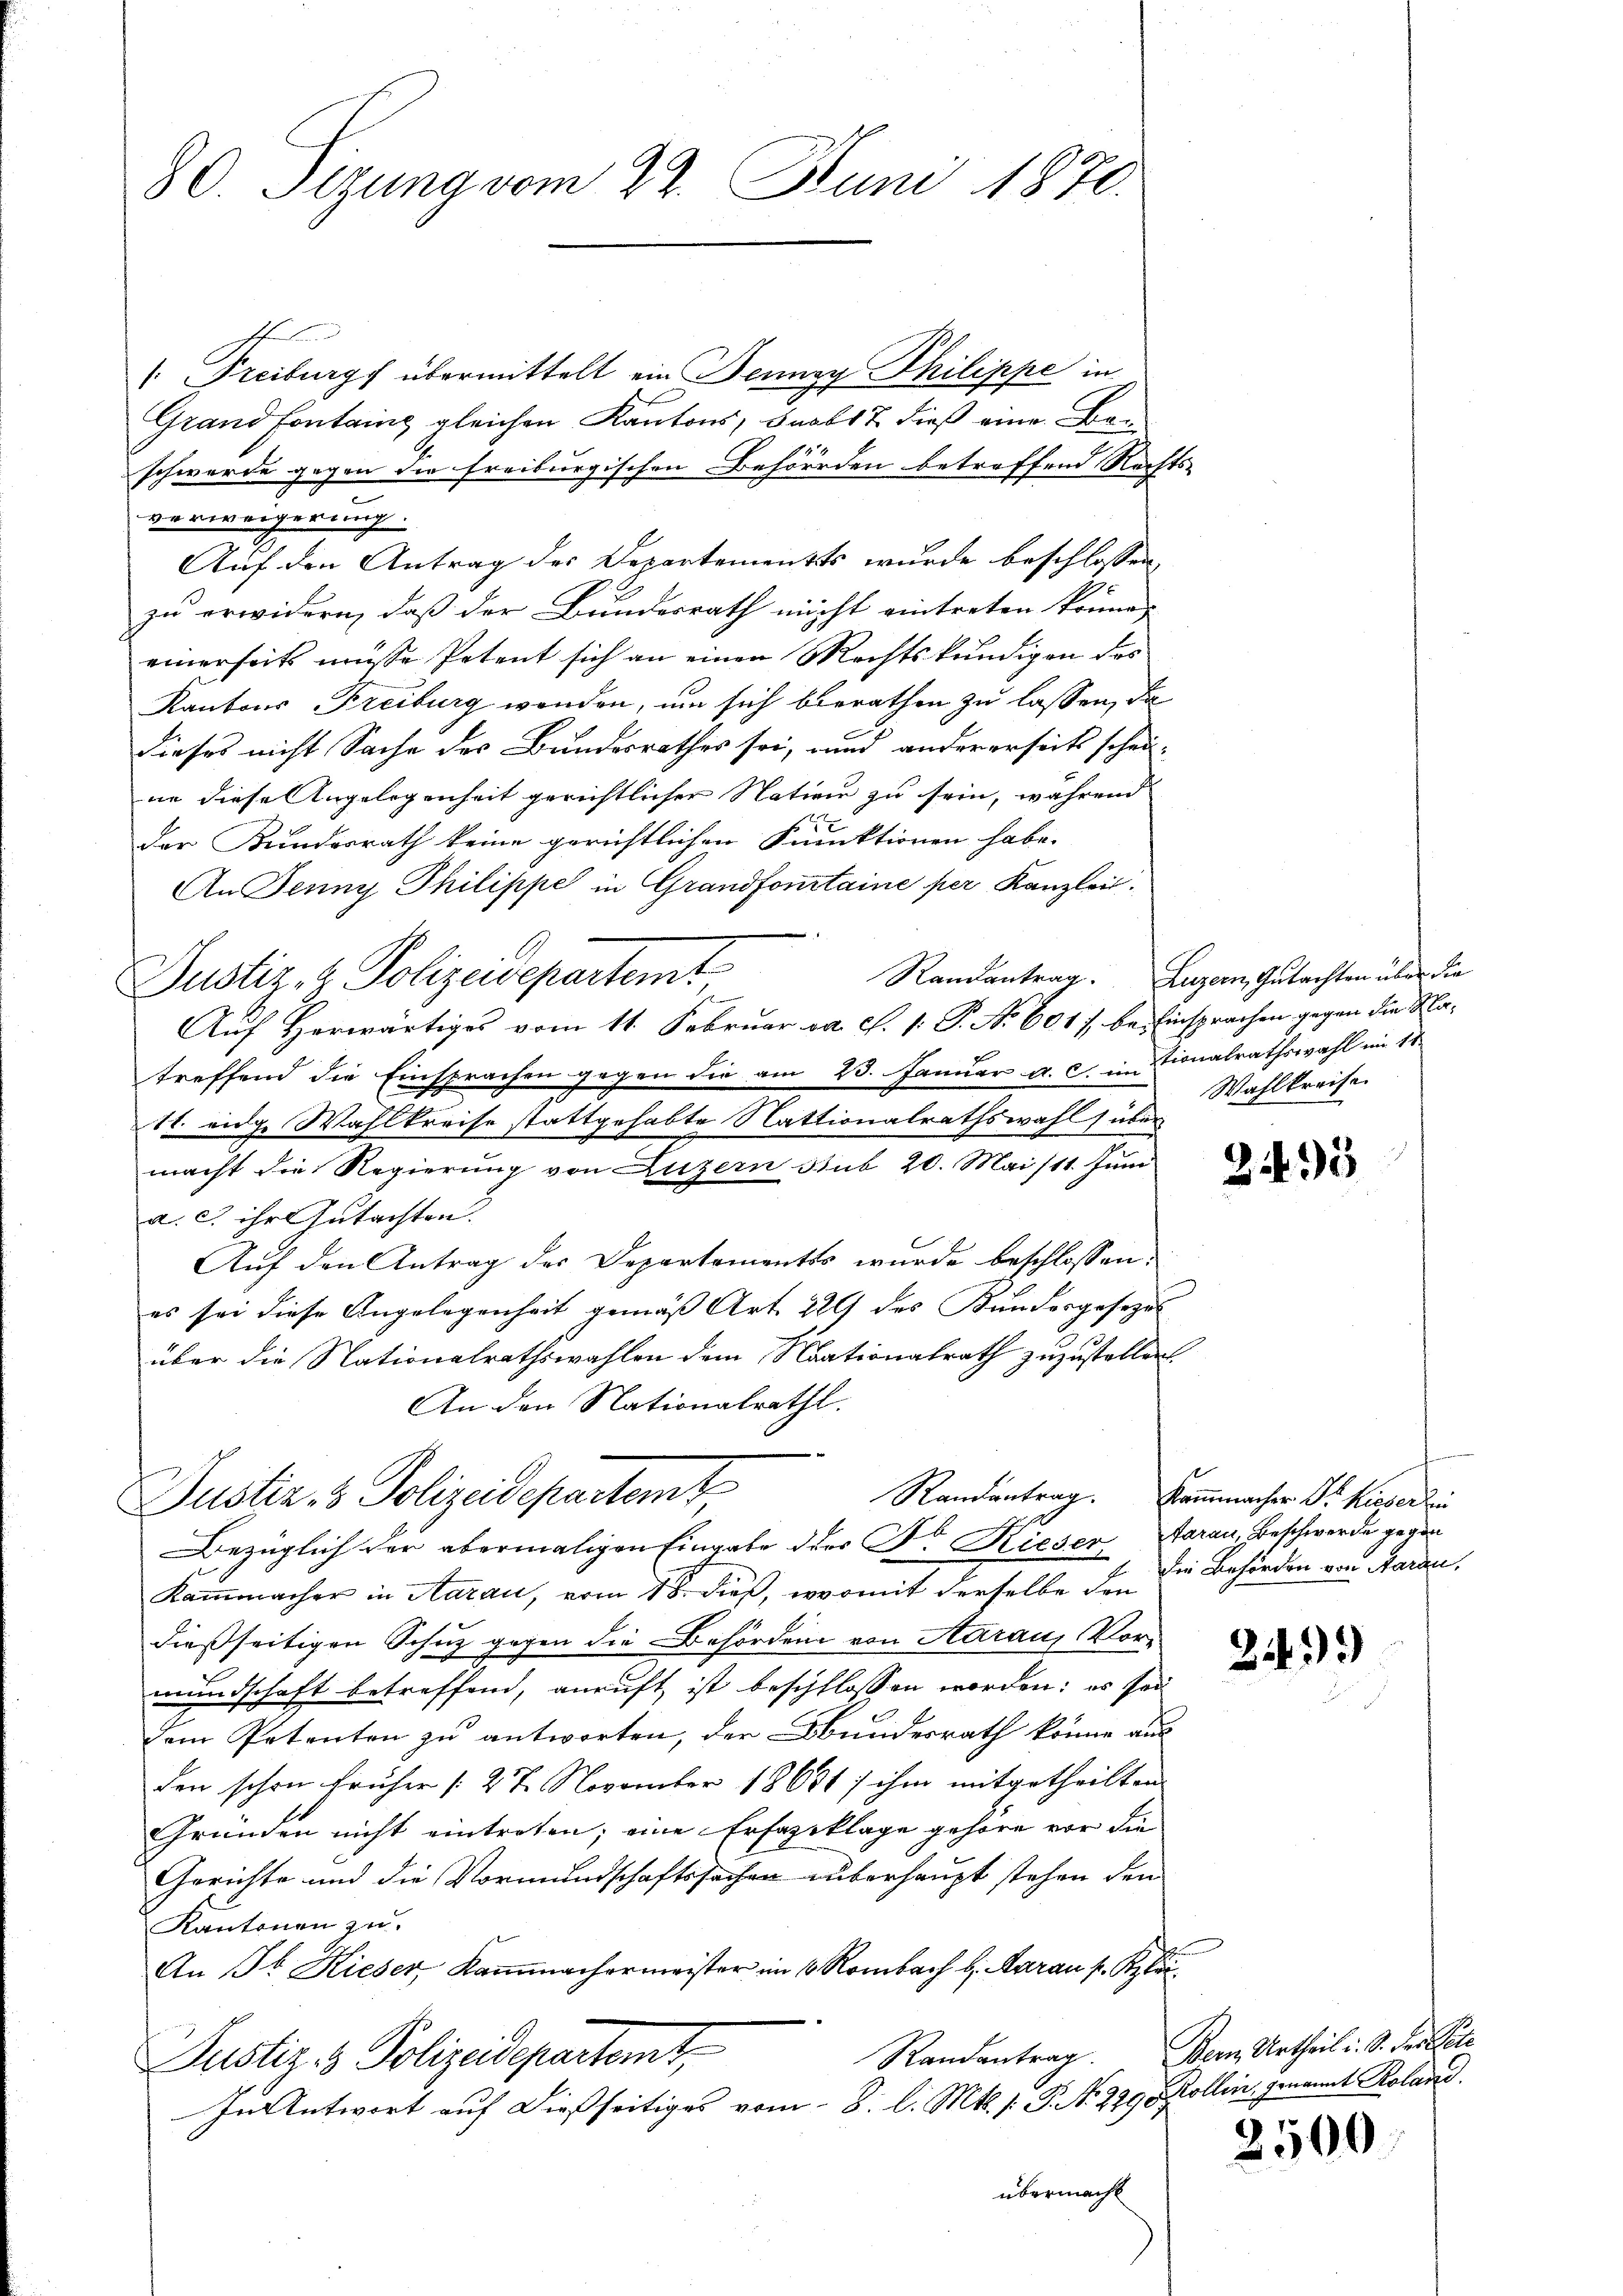
80. Sizung vom 22. Juni 1870.

/. Freiburgf übermittelt ein Jenny Philippe in
Grand Fontaine gleichen Kantons, Jacb17 dieß eine Beschwerde gegen die freiburgischen Behörden betreffend Rechts-
verweigerung.
Auf den Antrag des Departements wurde beschlossen,
zu erwidern, daß der Bundesrath nicht eintreten könne, |
einerseits müsse Petent sich an einen Rechtskundigen des
Kantons Freiburg wenden, um sich berathen zu lassen, da
dieses nicht Sache des Bundesrathes sei, und andererseits schei-
ne diese Angelegenheit gerichtlicher Nation zu sein, während
der Kundesrath keine gerichtlichen Funktionen habe.
An Jenny Philippe in Grandfourtaine per Kanzlei.
Justiz, u. Polizeidepartemt
7
Auf Herwärtiges vom 11. Februar v. J. 1. P. Nr. 601 bei Einsprachen gegen die Matreffend die Einsprachen gegen die am 23. Januar a. c. in tionalrathswahl im 18
1t. eidge Wahlkreise stattgehabte Nationalrathswahl über
macht die Regierung von Luzern Bub 20. Mai/11. Juni
a. c. ihr Gutachten.
Aŭf den Antrag der Departementes wurde beschlossen:
es sei diese Angelegenheit gemäß Art. 229 des Kundesgesezes
über die Nationalrathswahlen dem Nationalrath zuzustellen
An den Nationalrath.
Justiz- & Polizeidepartemt
Randantrag. Kommacher Dr. Hieberzei
Bezüglich der abermaligen Eingabe der Dr. Hieser Aarau, Beschwerde gegen
Kammmacher in Aarau, vom 18. dieß, womit derselbe den
dießseitigen Schutz gegen die Behörden von Aaraus Vore
mundschaft betreffend, anruft, ist beschlossen worden; es sei
Dem Petenten zu antworten, der Bundesrath könne aus
den schon früher (27. November 18681; ihm mitgetheilten
Gründen nicht eintreten; eine Erfageklage gehöre vor die
Gerichte und die Vormundschaftssachen überhaupt stehen den
Kantonen zu.
An St. Kieser, Kaṁmachermeister im 6. Rombach s. Aarau s.
Randantrag. Der Urtheil i. S. des Pate
Justiz- & Polizeidepartemt,
In Antwort auf dießseitiges vom 8. l. Mts. s. P. No 299. Kollin, genannt Roland.
übermacht

Randantrag. Luzern, Gutachten über die
Wahlkreise.

2495

die Behörden von Aarau

2499)

2500